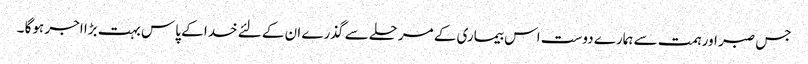
جس صبر اور ہمت سے ہمارے دوست اس بیماری کے مرحلے سے گذرے ان کے لئے خدا کے پاس بہت بڑا اجر ہوگا ۔